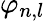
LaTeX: \varphi_{n,l}